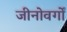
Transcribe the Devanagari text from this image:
जीनोवर्गों